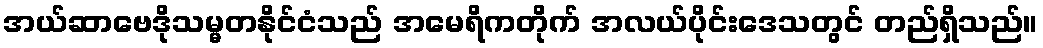
အယ်ဆာဗေဒိုသမ္မတနိုင်ငံသည် အမေရိကတိုက် အလယ်ပိုင်းဒေသတွင် တည်ရှိသည်။